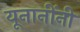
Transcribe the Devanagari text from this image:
यूनानींनी